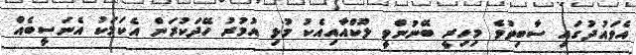
އެވައުދުގައި ސާބިތުވެ މިހިރީ ބޭނުންވީ ލޫކްއާއިއެކު މުޅި އުމުރު ހޭދަކުރަން އެކަމަކު އެނަސީބެއް